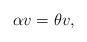
LaTeX: \begin{align*}\alpha v=\theta v,\end{align*}